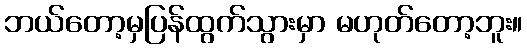
ဘယ်တော့မှပြန်ထွက်သွားမှာ မဟုတ်တော့ဘူး။